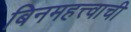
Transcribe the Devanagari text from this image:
बिनमहत्त्वाची